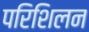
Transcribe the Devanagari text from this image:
परिशिलन